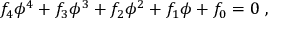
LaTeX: f _ { 4 } \phi ^ { 4 } + f _ { 3 } \phi ^ { 3 } + f _ { 2 } \phi ^ { 2 } + f _ { 1 } \phi + f _ { 0 } = 0 \ ,